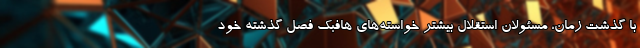
با گذشت زمان، مسئولان استقلال بیشتر خواسته‌های هافبک فصل گذشته خود